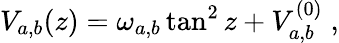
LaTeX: V_{a,b}(z)=\omega_{a,b}\tan^{2}z+V_{a,b}^{(0)}\; ,